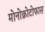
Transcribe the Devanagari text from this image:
मोनोक्रोटोफास